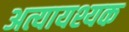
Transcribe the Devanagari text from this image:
अत्यायश्यक